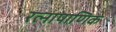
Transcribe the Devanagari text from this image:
रत्‍नापाणिक